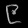
Digit: ၉